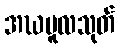
အဃမူလသုတ်